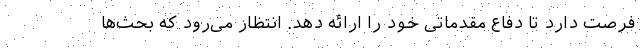
فرصت دارد تا دفاع مقدماتی خود را ارائه دهد. انتظار می‌رود که بحث‌ها